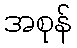
အစုန်